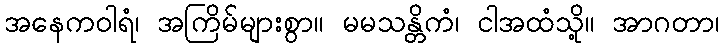
အနေကဝါရံ၊ အကြိမ်များစွာ။ မမသန္တိကံ၊ ငါအထံသို့။ အာဂတာ၊